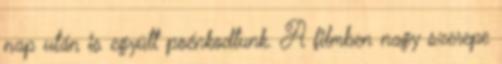
nap után is együtt poénkodtunk. A filmben nagy szerepe